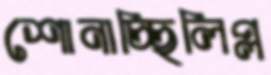
শোনাচ্ছিলিপ্ল